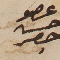
عضو حسن حصِر